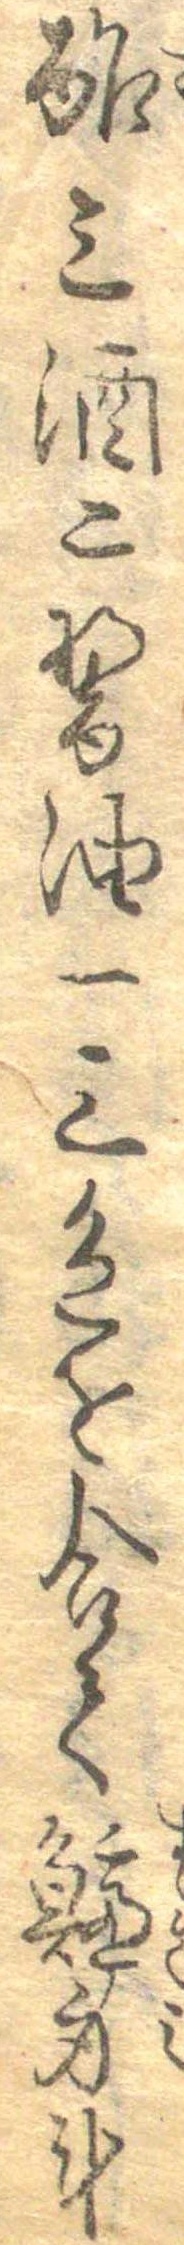
酢三酒二醤油一三色を合て鱸身計